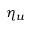
\eta _ { u }